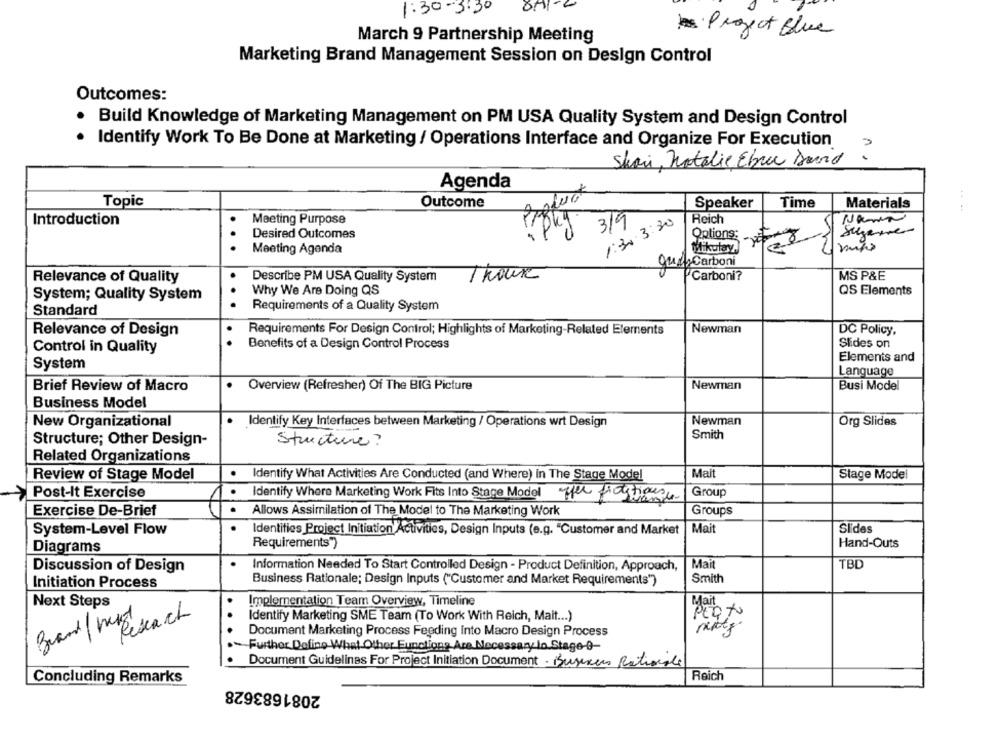
1:30 - 3:30
Project Blue
March 9 Partnership Meeting
Marketing Brand Management Session on Design Control
Outcomes:
Build Knowledge of Marketing Management on PM USA Quality System and Design Control
Identify Work To Be Done at Marketing / Operations Interface and Organize For Execution
Skar, Natalie Ebrec David
Agenda
Topic
Outcome
Speaker
Time
Materials
Introduction
Meeting Purpose
3/9
1:30.3:30
Reich
. .
Suzanne
Desired Outcomes
Options:
.
Meeting Agenda
titikutay.
guit Carboni
1 hour
Relevance of Quality
Describe PM USA Quality System
Carboni?
MS P&E
System; Quality System
Why We Are Doing QS
QS Elements
Standard
..
Requirements of a Quality System
Relevance of Design
Requirements For Design Control; Highlights of Marketing-Related Elements
Newman
DC Policy,
Control in Quality
..
Benefits of a Design Control Process
Slides on
Elements and
System
Language
Brief Review of Macro
Overview (Refresher) Of The BIG Picture
Newman
Busi Model
Business Model
New Organizational
Identify Key Interfaces between Marketing / Operations wrt Design
Newman
Org Slides
Smith
Structure; Other Design-
Structure?
Related Organizations
.
Mait
Review of Stage Model
Identify What Activities Are Conducted (and Where) in The Stage Model
Stage Model
Post-It Exercise
.
Identify Where Marketing Work Fits Into Stage Model Hier firehouse
Group
Exercise De-Brief
Allows Assimilation of The Model to The Marketing Work
Groups
System-Level Flow
Identities Project Initiation Activities, Design Inputs (e.g. "Customer and Market
Mait
Slides
Diagrams
Requirements")
Hand-Outs
Mait
TBD
Discussion of Design
Information Needed To Start Controlled Design - Product Definition, Approach,
Smith
Initiation Process
Business Rationale; Design Inputs ("Customer and Market Requirements")
Next Steps
Implementation Team Overview, Timeline
Mait
2
Identify Marketing SME Team (To Work With Reich, Mait ... )
22
...
Document Marketing Process Feeding into Macro Design Process
m
Further Define What Other Functions Are Necessary In Stage-9-
Document Guidelines For Project Initiation Document . Business Rationale
Concluding Remarks
2081683628
Reich